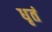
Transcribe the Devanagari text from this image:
धृतं